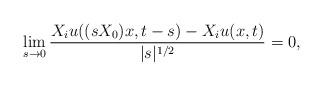
LaTeX: \begin{align*} \lim_{s \to 0} \frac{X_i u ( (s X_0 )x, t-s) - X_i u(x,t)}{|s|^{1/2}} = 0,\end{align*}